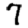
Digit: 7